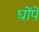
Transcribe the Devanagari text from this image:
घोंपे